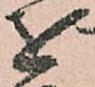
を